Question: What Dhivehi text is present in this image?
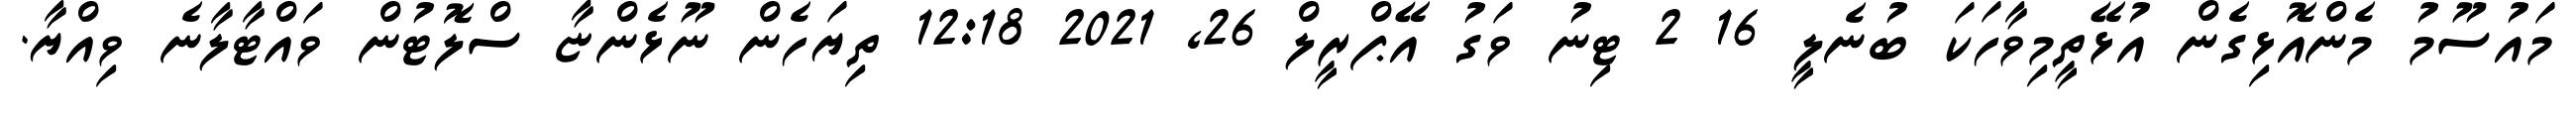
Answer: މައުސޫމު މެންއޮޅިގެން އުޅޭތީމިވާހަކަ ބުނެލީ 16 2 ޓިނު ވަގު އޭޕްރީލް 26, 2021 12:18 ތިޔަހެން ނޫޅެންޏާ ސްލޮޓުން ވައްޓާލާނެ ވިއްޔާ.